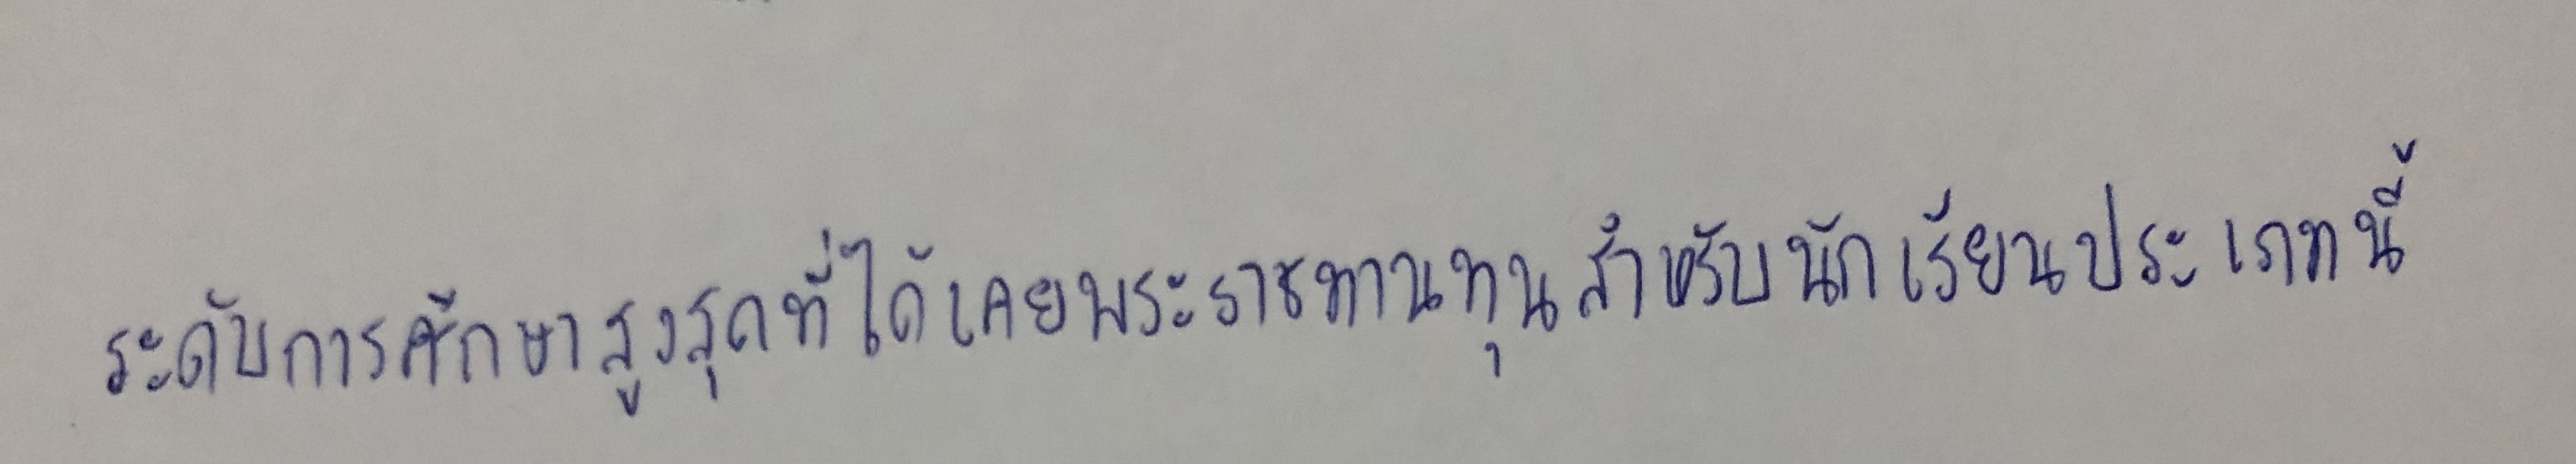
ระดับการศึกษาสูงสุดที่ได้เคยพระราชทานทุนสำหรับนักเรียนประเภทนี้